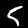
Digit: 5